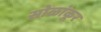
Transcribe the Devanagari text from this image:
सोळांकूर